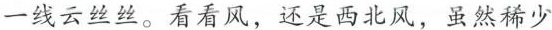
一线云丝丝。看看风，还是西北风，虽然稀少